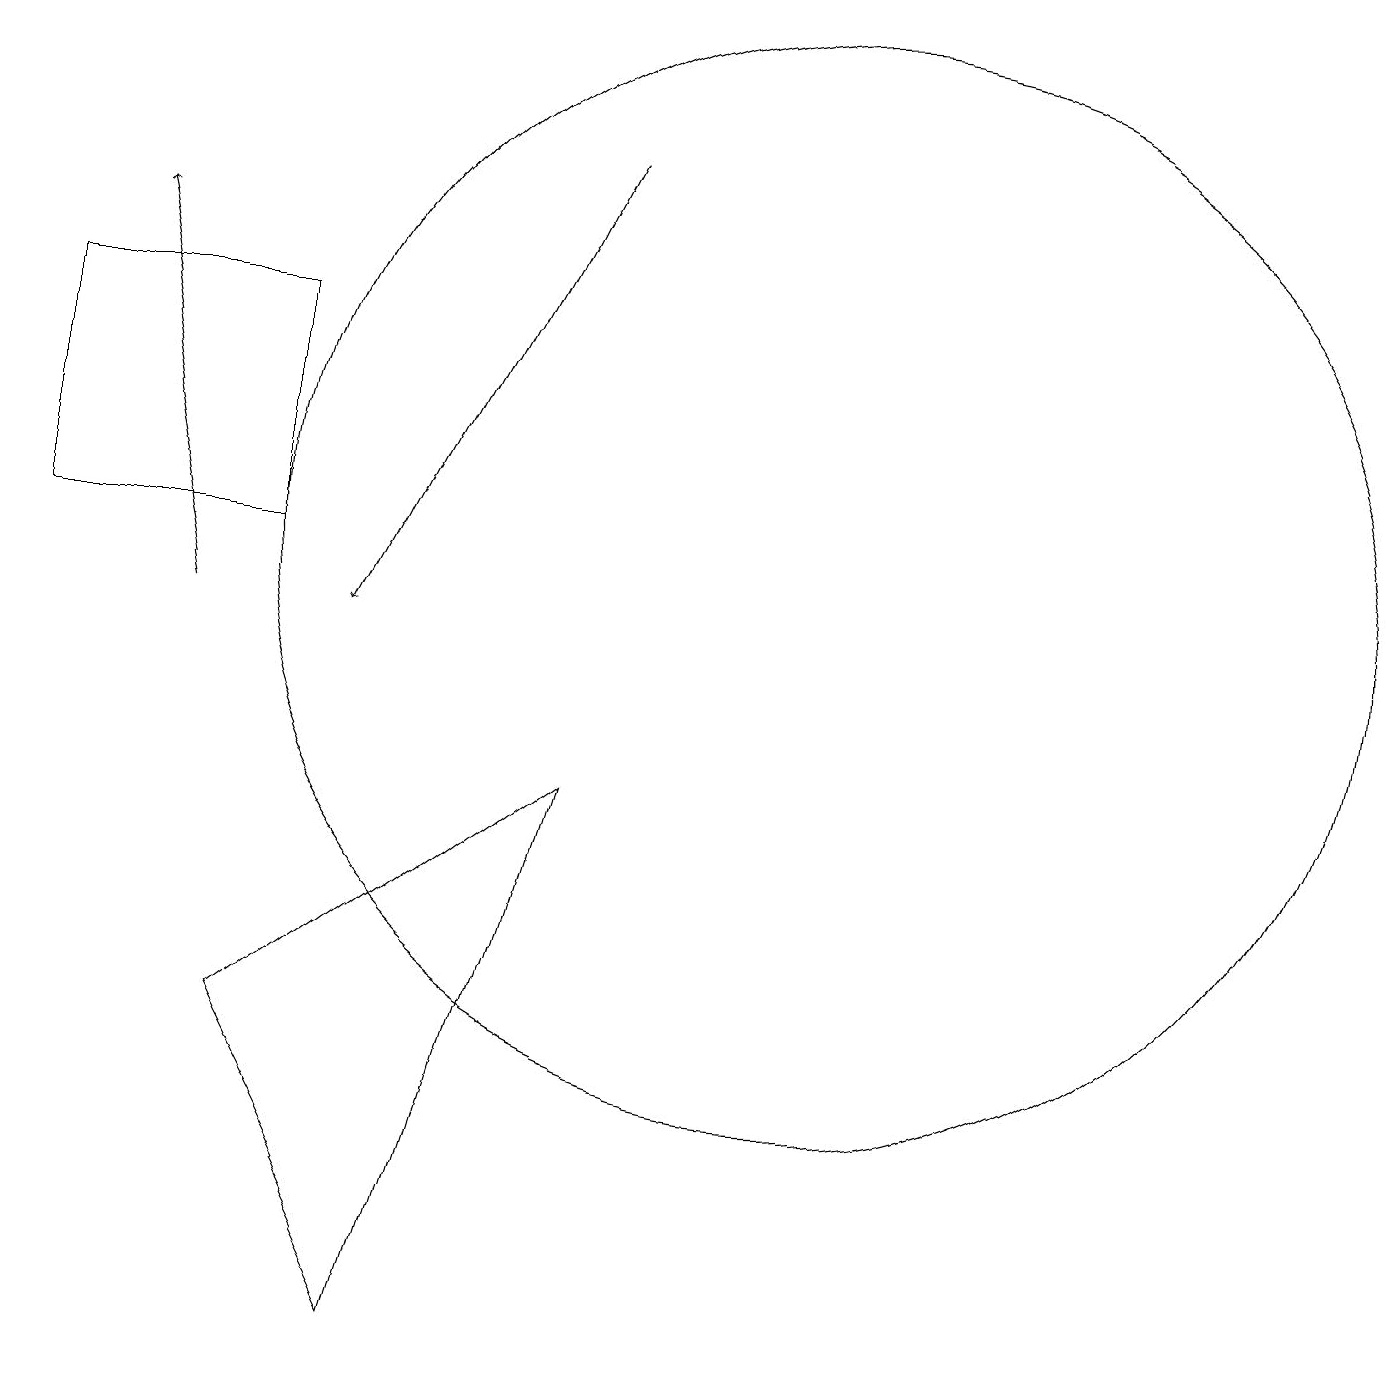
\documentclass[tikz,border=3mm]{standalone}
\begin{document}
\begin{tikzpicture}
\draw[->] (8,16) -- (5,10);
\draw (11,11) circle (7);
\draw (11,11) circle (0);
\draw (6,1) -- (4,5) -- (8,8) -- cycle;
\draw[->] (3,10) -- (2,15);
\draw (4,11) rectangle (1,14);
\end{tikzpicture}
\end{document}